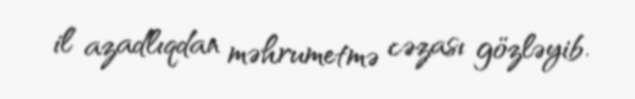
il azadlıqdan məhrumetmə cəzası gözləyib.